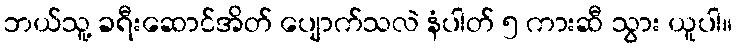
ဘယ်သူ့ ခရီးဆောင်အိတ် ပျောက်သလဲ နံပါတ် ၅ ကားဆီ သွား ယူပါ။